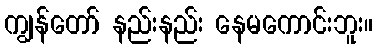
ကျွန်တော် နည်းနည်း နေမကောင်းဘူး။